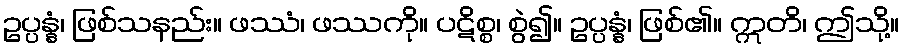
ဥပ္ပန္နံ၊ ဖြစ်သနည်း။ ဖဿံ၊ ဖဿကို။ ပဋိစ္စ၊ စွဲ၍။ ဥပ္ပန္နံ၊ ဖြစ်၏။ ဣတိ၊ ဤသို့။